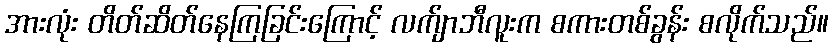
အားလုံး တိတ်ဆိတ်နေကြခြင်းကြောင့် လက်ျာဘီလူးက စကားတစ်ခွန်း စလိုက်သည်။